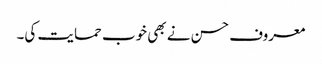
معروف حسن نے بھی خوب حمایت کی۔